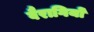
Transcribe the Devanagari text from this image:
वैरागियों